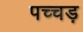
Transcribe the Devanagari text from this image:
पच्चड़